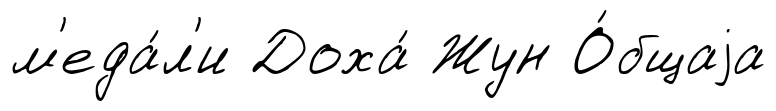
м'еда́л'и Доха́ Жун О́бщаjа